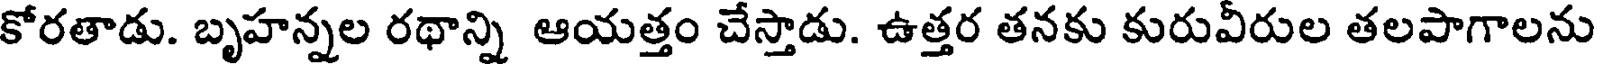
కోరతాడు. బృహన్నల రథాన్ని ఆయత్తం చేస్తాడు. ఉత్తర తనకు కురువీరుల తలపాగాలను